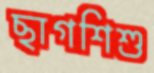
ছাগশিশু